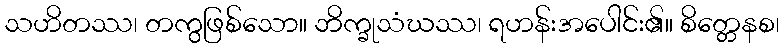
သဟိတဿ၊ တကွဖြစ်သော။ ဘိက္ခုသံဃဿ၊ ရဟန်းအပေါင်း၏။ စိတ္တေနစ၊